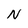
Character: N